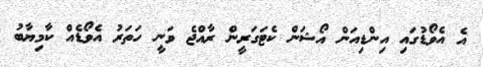
އެ އެވޯޑުގައި އިންޑިއަން އޯޝަން ކެޓަގަރީން ރާއްޖެ ވަނީ ހަތަރު އެވޯޑެއް ކާމިޔާބު